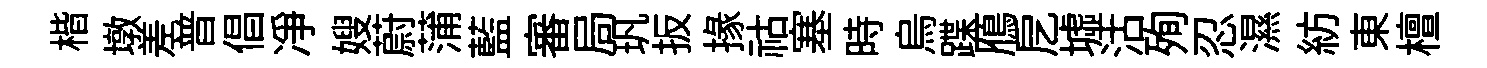
楷墩差普倡净嫂蔚蒲藍審局㺬扳掾祜塞時烏蹀鴈戹墟沽殉忍濕紡東檀